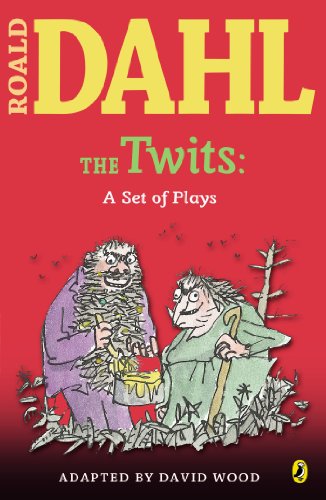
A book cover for The Twits: A Set of Plays; Roald Dahl; Literature & Fiction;